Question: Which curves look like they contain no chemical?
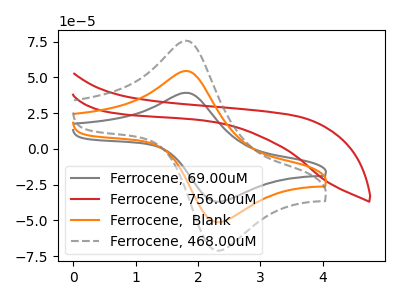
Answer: <think>The gray curve "Ferrocene, 69.00uM" has an anodic peak at (1.80V, 39.20uA) and a cathodic peak at (2.30V, -36.80uA). The red curve "Ferrocene, 756.00uM" has no peaks. The orange curve "Ferrocene,  Blank" has an anodic peak at (1.80V, 54.45uA) and a cathodic peak at (2.30V, -51.10uA). The gray dashed curve "Ferrocene, 468.00uM" has an anodic peak at (1.80V, 108.90uA) and a cathodic peak at (2.30V, -102.20uA).</think>
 <answer>"Ferrocene, 756.00uM" is likely to be a blank.</answer>
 <eval>Ferrocene, 756.00uM</eval>